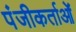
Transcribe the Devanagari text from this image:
पंजीकर्ताओं